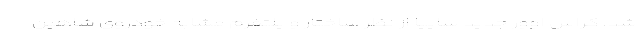
شد. کراس اوور جدید سایپا از نظر ساختار و پلتفرم مشابه خودروی شاهین